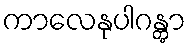
ကာလေနုပါဂန္တွာ